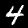
Digit: 4